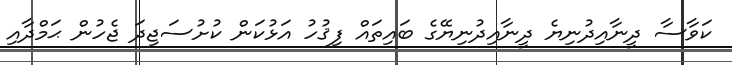
ކަވާސާ ދީނާއިދުނިޔެ ދީނާއިދުނިޔޭގެ ބައިތައް ފިޤުހު އަޅުކަން ކުށުސަޖިދަ ޖެހުން ޙަމްދާއި